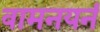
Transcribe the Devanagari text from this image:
वामनयनं